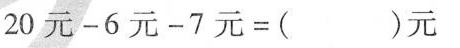
$$2 0 元 - 6 元 - 7 元 = ( ) 元$$